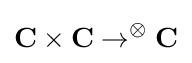
\mathbf {C} \times \mathbf {C} \to ^{\otimes }\mathbf {C}